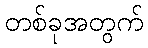
တစ်ခုအတွက်